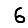
Digit: 6